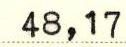
48,17